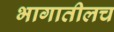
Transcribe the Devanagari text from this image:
भागातीलच